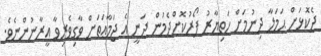
ދެކޮޅަށް ޙަމަލާ ދިނުމަށް ހަތިޔާރު ފޯރުކޮށްދެމުން ދަނީ އެ ޖަމާޢަތަށް ވާގިވެރިވާ އީރާނުންނެވެ.